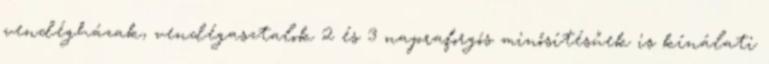
vendégházak, vendégasztalok 2 és 3 napraforgós minősítésűek is kínálati